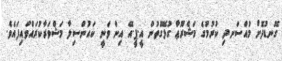
ގޮނޑުދޮށް މުއްސަނދި ކުރުމުގެ މަޝްރޫޢާ ގުޅޭގޮތުން އީ.ޕީ.އޭ އިން ވަނީ ކައުންސިލާ މަޝްވަރާކުރައްވައިފައެވެ.